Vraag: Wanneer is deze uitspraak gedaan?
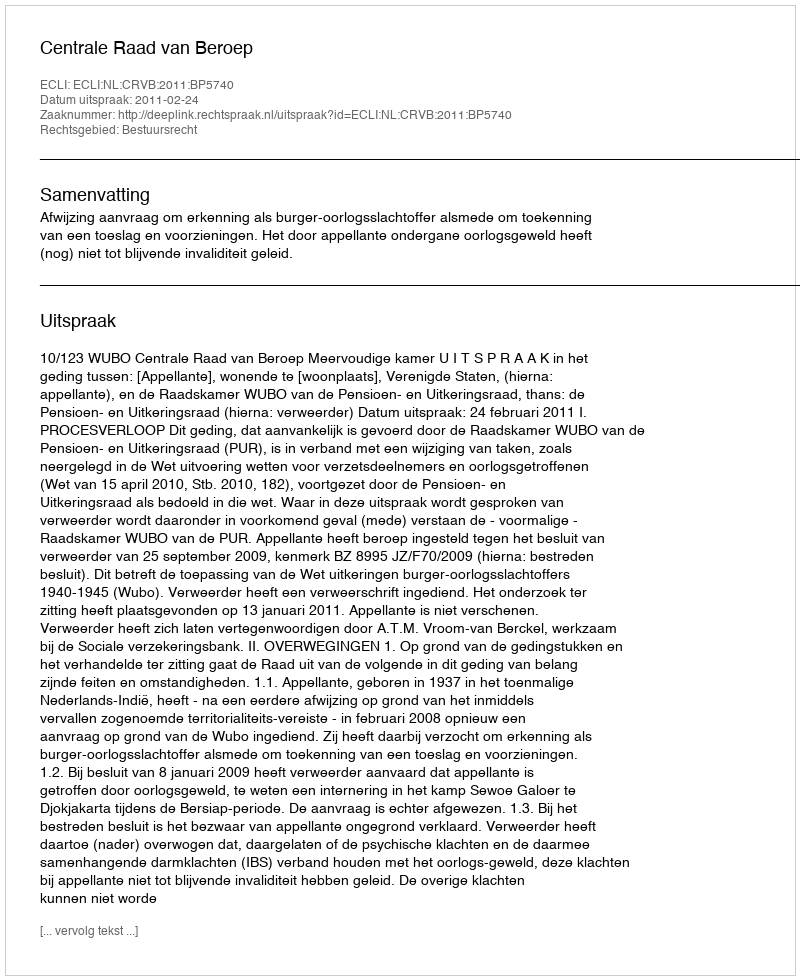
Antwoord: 2011-02-24